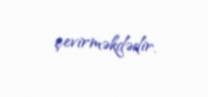
çevirməkdədir.